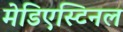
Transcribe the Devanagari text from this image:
मेडिएस्टिनल